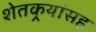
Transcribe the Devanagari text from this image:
शेतकर्‍यांसह